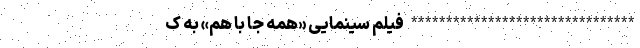
******************************** فیلم سینمایی «همه جا با هم» به ک